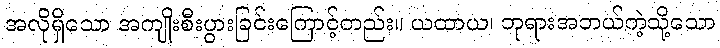
အလိုရှိသော အကျိုးစီးပွားခြင်းကြောင့်တည်း။ ယထာယ၊ ဘုရားအဘယ်ကဲ့သို့သော